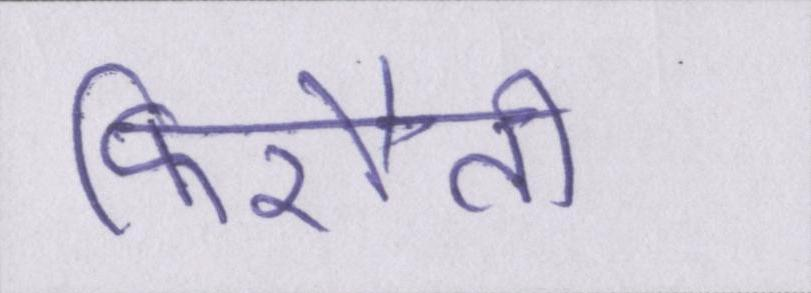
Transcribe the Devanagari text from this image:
फिरौती